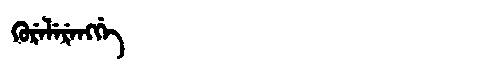
Manchu: ᡴᡠᡵᡝᠯᡝᡵᡝᠩᡤᡝ
Romanization: KURELERENGGE